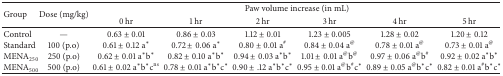
<table><thead><tr><td rowspan="2"><b>Group</b></td><td rowspan="2"><b>Dose (mg/kg)</b></td><td colspan="6"><b>Paw volume increase (in mL)</b></td></tr><tr><td><b>0 hr</b></td><td><b>1 hr</b></td><td><b>2 hr</b></td><td><b>3 hr</b></td><td><b>4 hr</b></td><td><b>5 hr</b></td></tr></thead><tbody><tr><td>Control</td><td>—</td><td>0.63 ± 0.01</td><td>0.86 ± 0.03</td><td>1.12 ± 0.01</td><td>1.23 ± 0.005</td><td>1.28 ± 0.02</td><td>1.20 ± 0.12</td></tr><tr><td>Standard</td><td>100 (p.o)</td><td>0.61 ± 0.12 a*</td><td>0.72 ± 0.06 a*</td><td>0.80 ± 0.01 a<sup>#</sup></td><td>0.84 ± 0.04 a<sup>@</sup></td><td>0.78 ± 0.01 a<sup>@</sup></td><td>0.73 ± 0.01 a<sup>@</sup></td></tr><tr><td>MENA<sub>250</sub></td><td>250 (p.o)</td><td>0.62 ± 0.01 a*b*</td><td>0.82 ± 0.10 a*b*</td><td>0.94 ± 0.03 a*b*</td><td>1.01 ± 0.01 a<sup>@</sup>b<sup>@</sup></td><td>0.97 ± 0.06 a<sup>@</sup>b<sup>#</sup></td><td>0.92 ± 0.02 a*b*</td></tr><tr><td>MENA<sub>500</sub></td><td>500 (p.o)</td><td>0.61 ± 0.02 a*b*c<sup>ns</sup></td><td>0.78 ± 0.01 a*b*c*</td><td>0.90 ± .12 a*b*c*</td><td>0.95 ± 0.01 a<sup>@</sup>b<sup>#</sup>c*</td><td>0.89 ± 0.05 a<sup>@</sup>b*c*</td><td>0.82 ± 0.01 a<sup>#</sup>b*c*</td></tr></tbody></table>